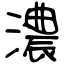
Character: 濃